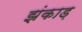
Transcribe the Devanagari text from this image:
झंकाड़